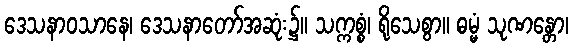
ဒေသနာဝသာနေ၊ ဒေသနာတော်အဆုံး၌။ သက္ကစ္စံ၊ ရိုသေစွာ။ ဓမ္မံ သုဏန္တော၊